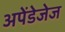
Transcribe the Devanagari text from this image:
अपेंडेजेज